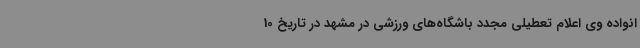
انواده وی اعلام تعطیلی مجدد باشگاه‌های ورزشی در مشهد در تاریخ 10